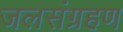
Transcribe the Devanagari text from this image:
जलसंग्रहण